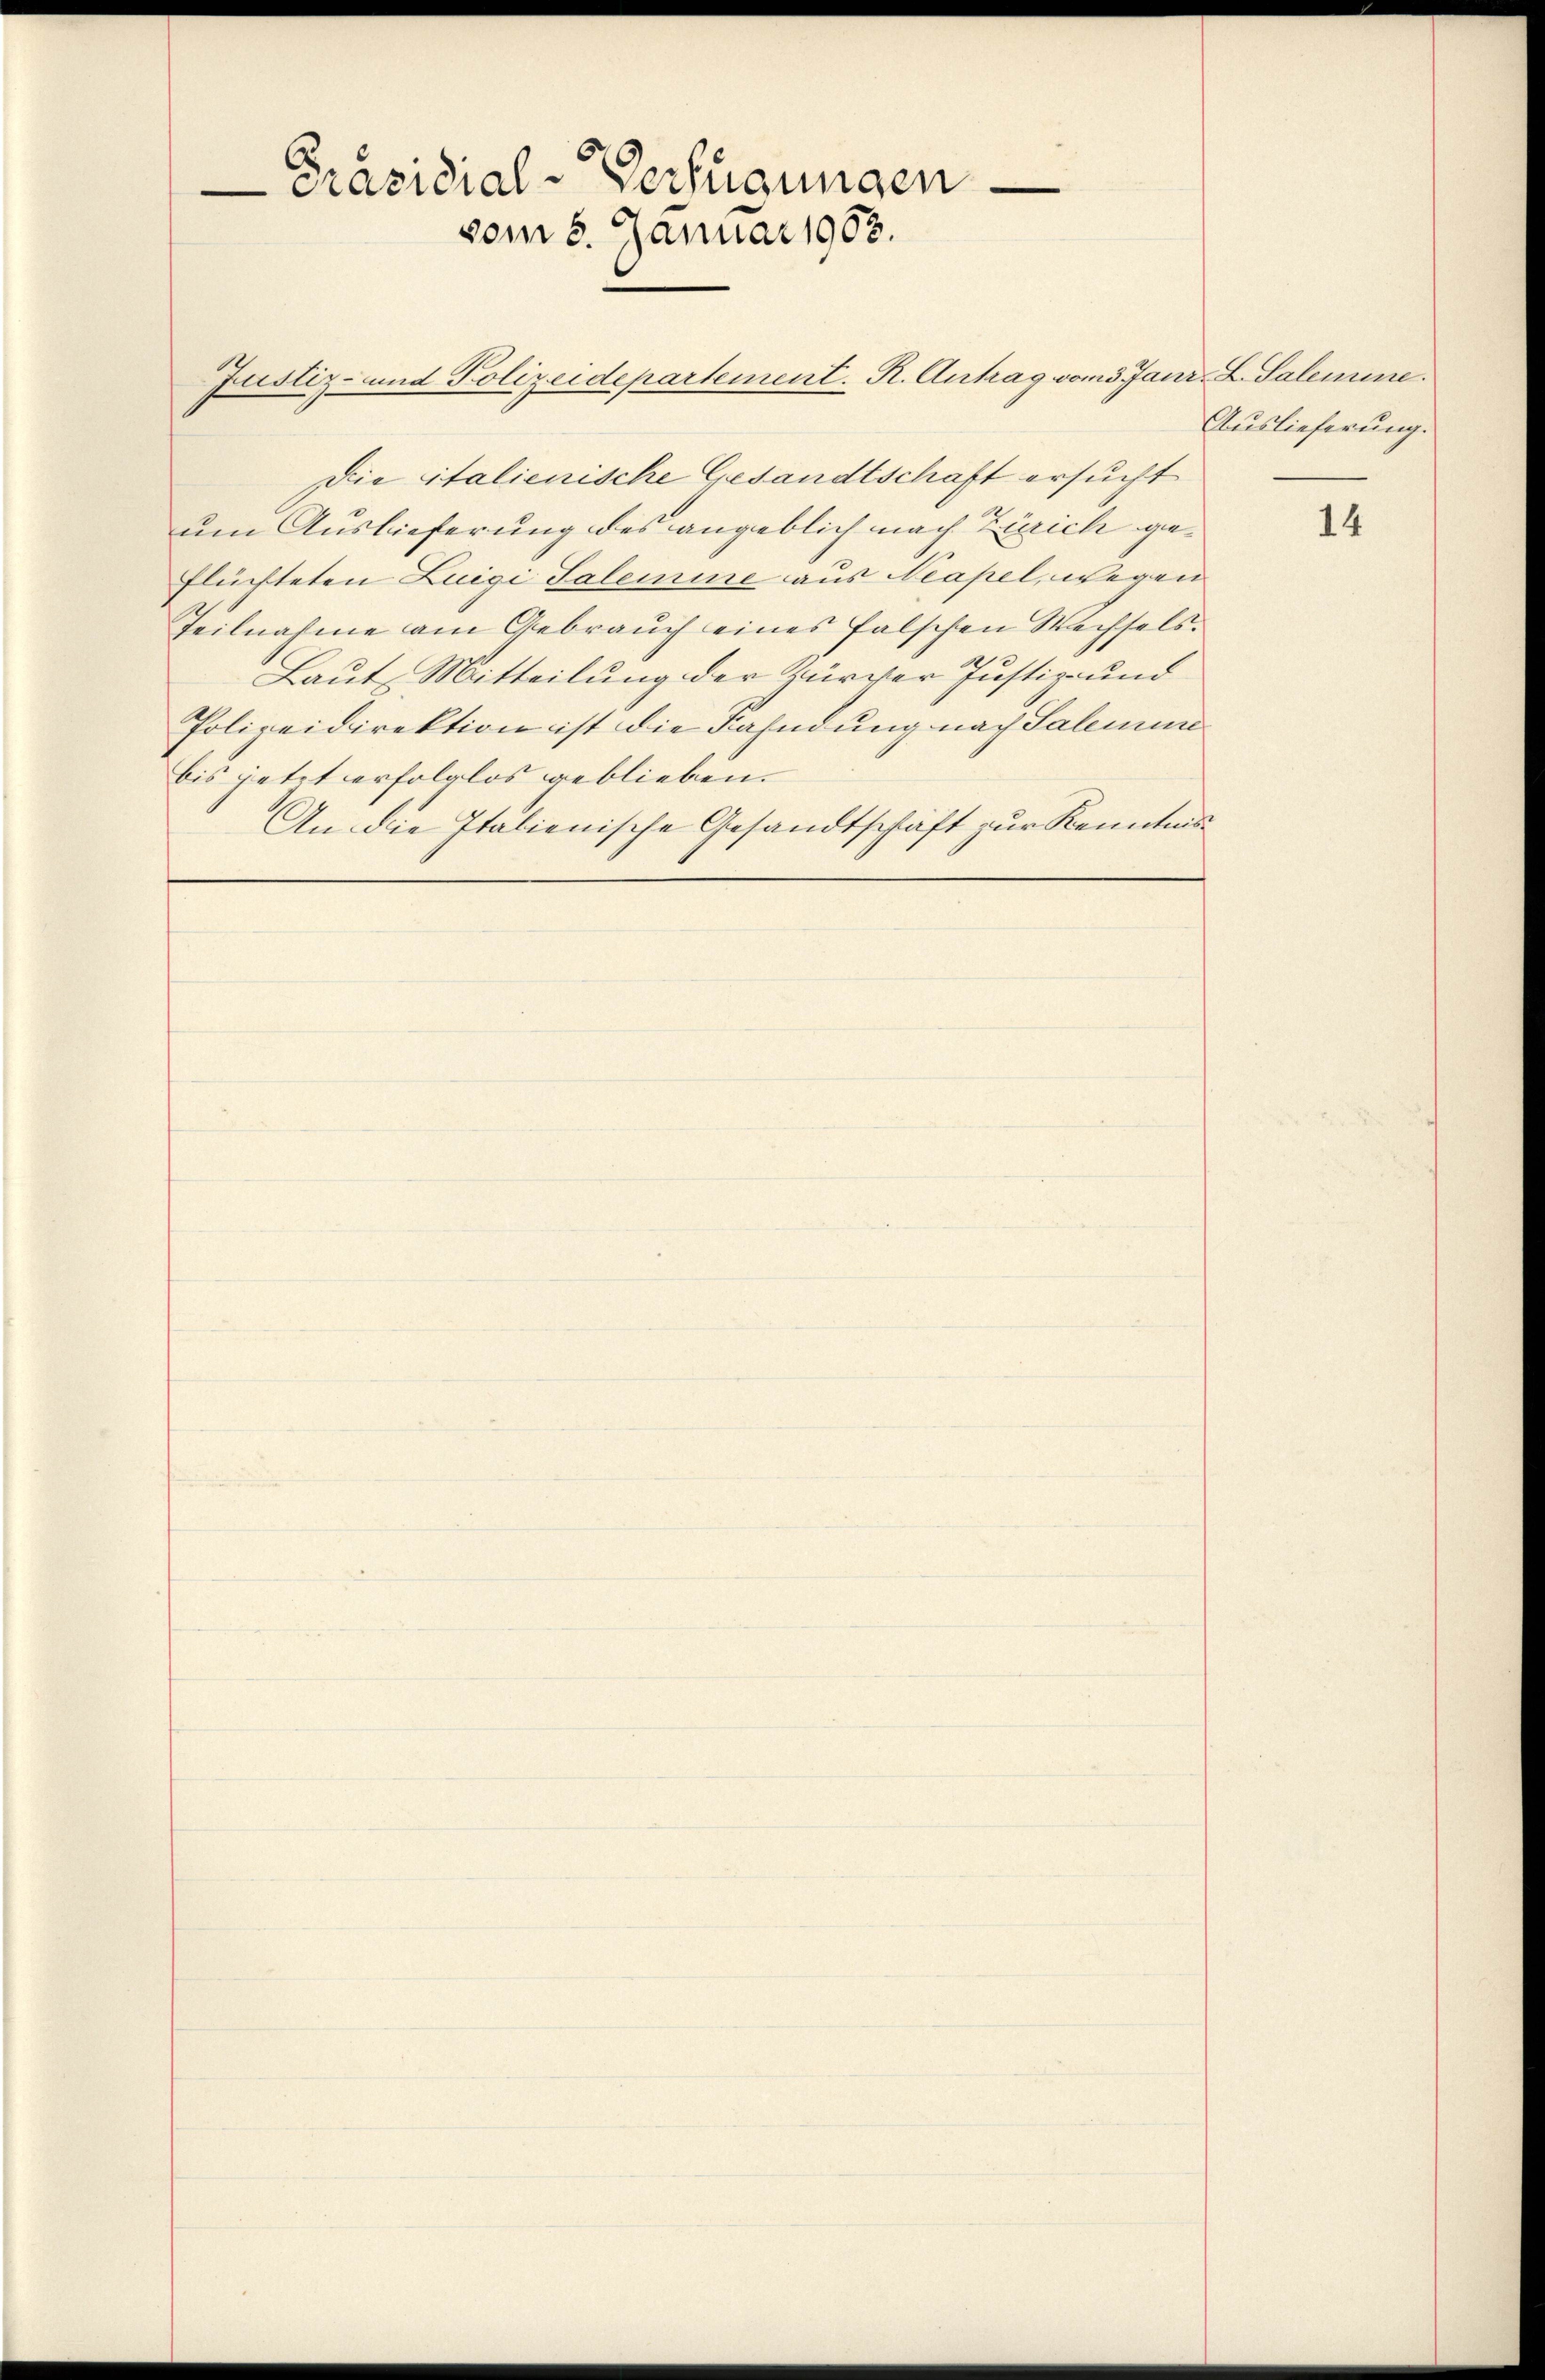
Präsidial-Verfügungen.
vom 5. Januar 1903.

Die italienische Gesandtschaft ersucht
um Auslieferung des angeblich nach Zürich geflüchteten Luigi Salemine aus Neapel, wegen
Teilnahme am Gebrauch eines falschen Wechsels.
Laut Mitteilung der Zurver Justiz- und
Polizeidirektion ist die Fahndung nach Salemune
bis jetzt erfolglos geblieben.
An die Italienische Gesandtschaft zur Kenntnis

Justiz- und Polizeidepartement. R. Antrag vom 3. Janr. L. Salemine.

Auslieferung.

14